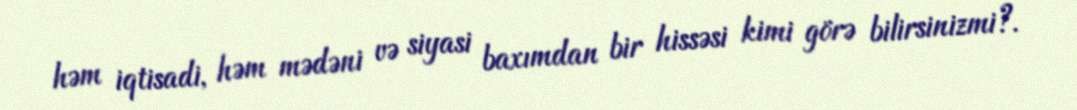
həm iqtisadi, həm mədəni və siyasi baxımdan bir hissəsi kimi görə bilirsinizmi?.